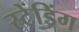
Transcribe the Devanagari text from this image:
स्टेंड्रिंग